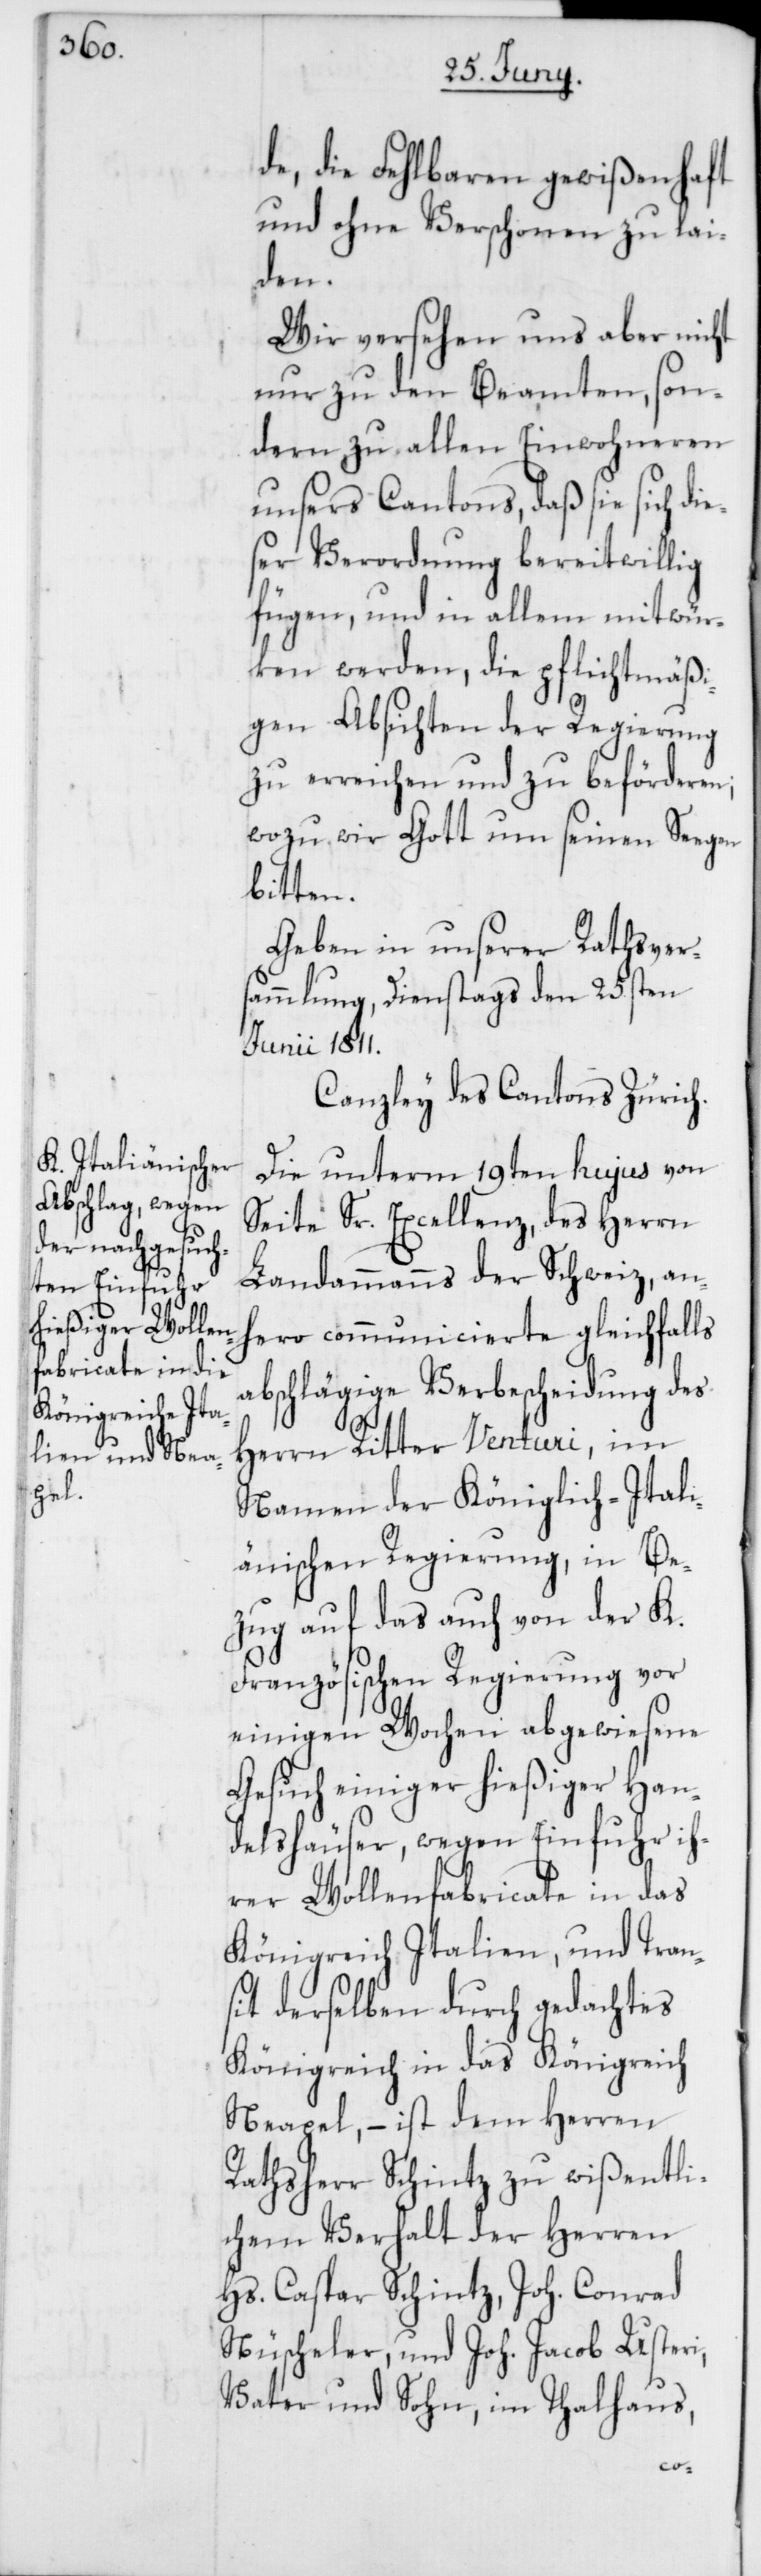
und ohne Verschonen zu lai¬
den.
Wir versehen uns aber nicht
nur zu den Beamten, son¬
dern zu allen Einwohneren
unsers Cantons, daß sie sich di¬
er Verordnung bereitwillig
fügen, und in allem mitwür¬
ken werden, die pflichtmäßi¬
gen Absichten der Regierung
zu erreichen und zu beförderen;
wozu wir Gott um seinen Seegen
bitten.
Geben in unserer Rathsver¬
sammlung, Dienstags den 25sten
Junii 1811.
Canzley des Cantons Zürich.
Die unterm 19ten hujus von
Seite Sr. Excellenz, des Herrn
Landammanns der Schweiz, an¬
hero communicierte gleichfalls
abschlägige Verbescheidung des
Herrn Ritter Venturi, im
Namen der Königlich-Itali¬
änischen Regierung, in Be¬
zug auf das auch von der K.
Französischen Regierung vor
einigen Wochen abgewiesene
Gesuch einiger hießiger Han¬
delshäuser, wegen Einfuhr ih¬
rer Wollenfabricate in das
Königreich Italien, und Tran¬
sit derselben durch gedachtes
Königreich in das Königreich
Neapel, – ist dem Herren
Rathsherr Schintz zu wißentli¬
chem Verhalt der Herren
Hs. Caspar Schintz, Joh. Conrad
Nüscheler, und Joh. Jacob Usteri,
Vater und Sohn, im Thalhaus,
es¬